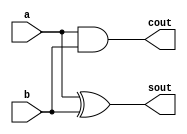
`timescale 1ns / 1ps


module halfadder_s(
    input a, b,
    output sout, cout
    );
    
    xor G0 (sout,a,b);
    and G1 (cout,a,b);
endmodule